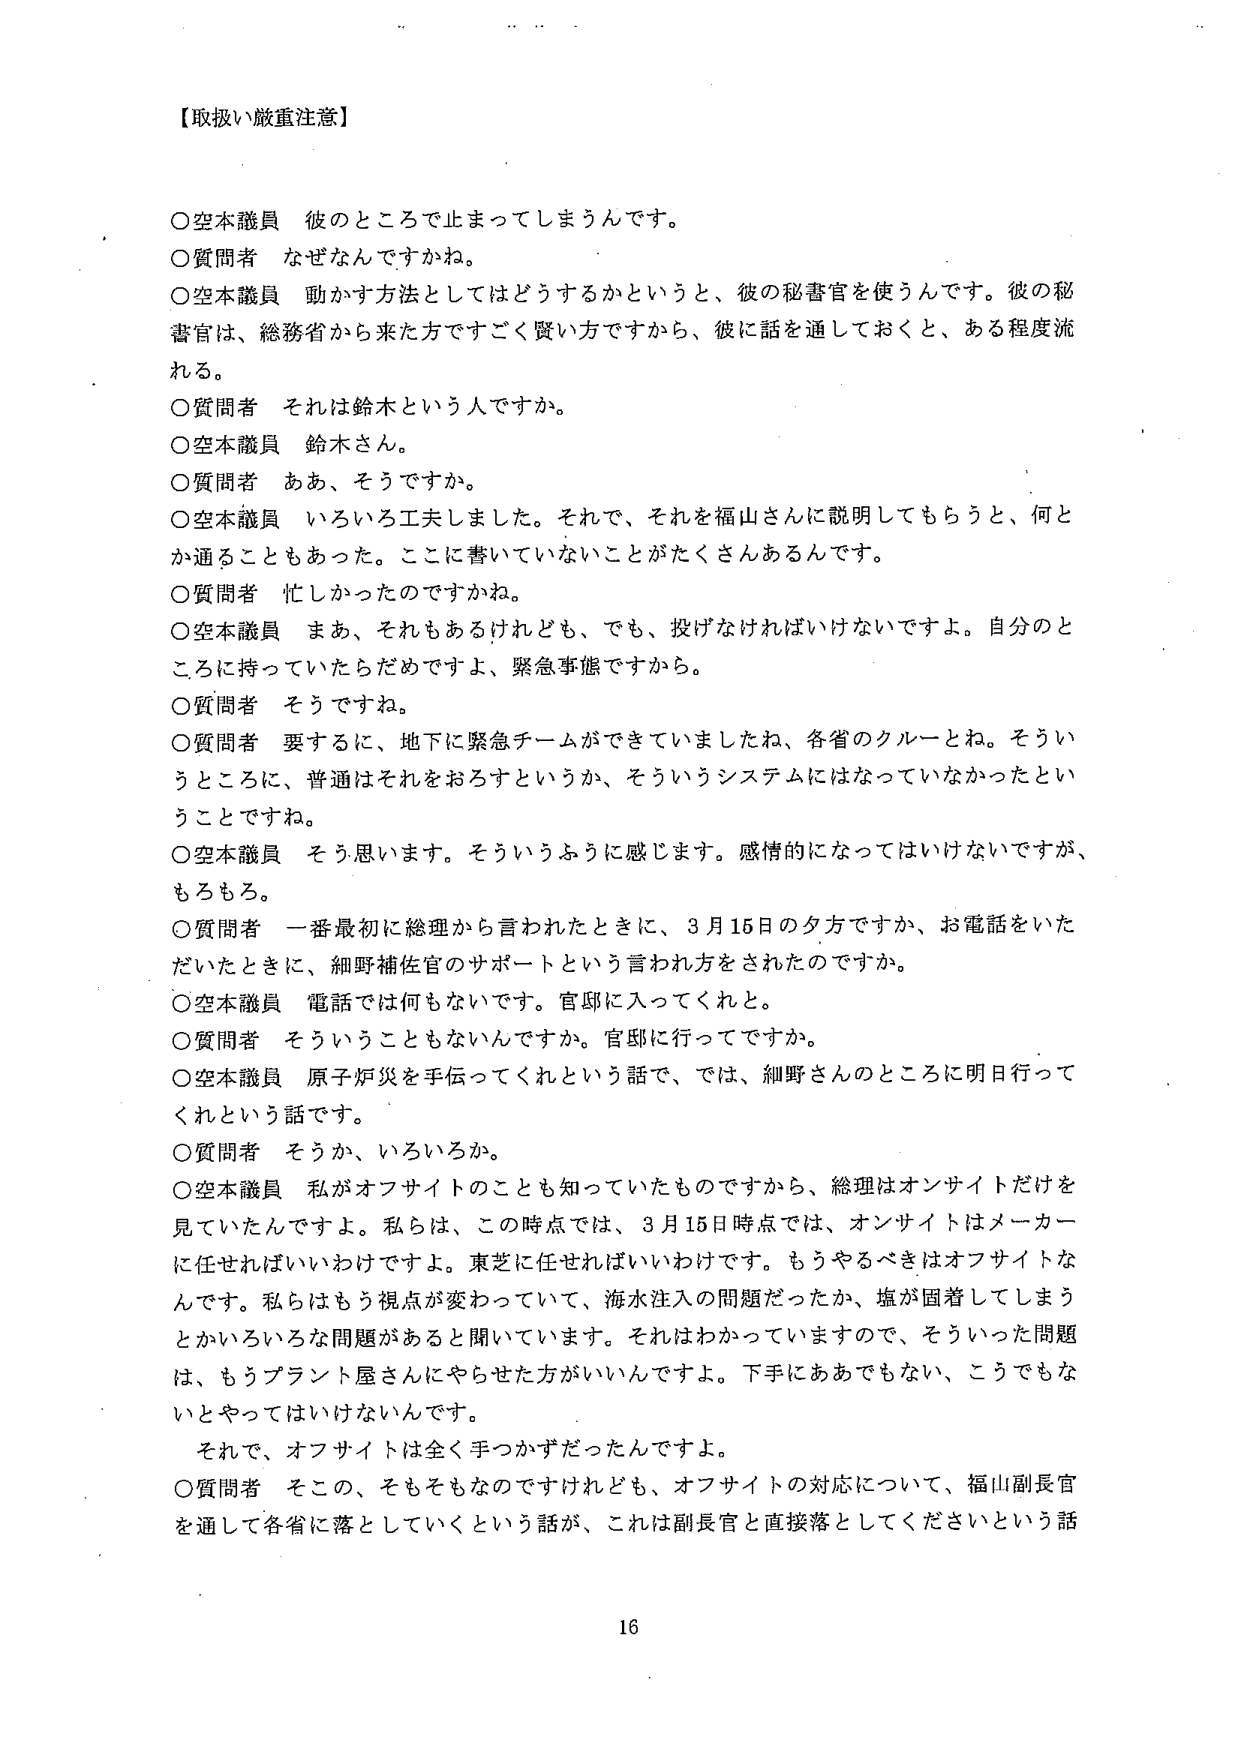
【取扱い厳重注意】

○空本議員　彼のところで止まってしまうんです。
○質問者　なぜなんですかね。
○空本議員　動かす方法としてはどうするかというと、彼の秘書官を使うんです。彼の秘書官は、総務省から来た方ですごく賢い方ですから、彼に話を通しておくと、ある程度流れる。
○質問者　それは鈴木という人ですか。
○空本議員　鈴木さん。
○質問者　ああ、そうですか。
○空本議員　いろいろ工夫しました。それで、それを福山さんに説明してもらうと、何とか通ることもあった。ここに書いていないことがたくさんあるんです。
○質問者　忙しかったのですかね。
○空本議員　まあ、それもあるけれども、でも、投げなければならないですよ。自分のところに持っていただけですよ、緊急事態ですから。
○質問者　そうですね。
○質問者　要するに、地下に緊急チームができていましたね、各省のクルーとね。そういうところに、普通はそれをおろすというか、そういうシステムにはなっていなかったということですね。
○空本議員　そう思います。そういうふうに感じます。感情的になってはいけないですが、もちろん。
○質問者　一番最初に総理から言われたときに、3月15日の夕方ですか、お電話をいただいたときに、細野補佐官のサポートという言われ方をされたのですか。
○空本議員　電話では何もないです。官邸に入ってくればと。
○質問者　そういうこともないんですか。官邸に行ってですか。
○空本議員　原子炉災を手伝ってくれという話で、では、細野さんのところに明日行ってくれという話です。
○質問者　そうか、いろいろか。
○空本議員　私がオフサイトのことも知っていたものですから、総理はオンサイトだけを見ていたんですよ。私らは、この時点では、3月15日時点では、オンサイトはメーカーに任せればいいわけですよ。東芝に任せればいいわけです。もうやるべきはオフサイトなんです。私らはもう視点が変わっていて、海水注入の問題だったか、塩が固着してしまうとかいろいろな問題があると聞いています。それはわかっていますので、そういった問題は、もうプラント屋さんにやらせた方がいいんですよ。下手にああでもない、こうでもないと言ってはいけないんです。
　それで、オフサイトは全く手つかずだったんですよ。
○質問者　そこの、そもそもなのですけれども、オフサイトの対応について、福山副長官を通して各省に落としていくという話が、これは副長官と直接落としてくださいという話

16